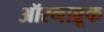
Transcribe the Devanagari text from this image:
ऑस्नाब्रूक